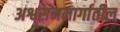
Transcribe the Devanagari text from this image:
अश्वसनमार्गातील